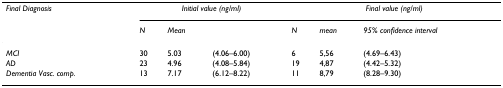
| Final Diagnosis | <COLSPAN=3> Initial value (ng/ml) | <COLSPAN=3> Final value (ng/ml) |
 |  | N | Mean |  | N | mean | 95% confidence interval |
 | --- | --- | --- | --- | --- | --- | --- |
 | MCI | 30 | 5.03 | (4.06–6.00) | 6 | 5,56 | (4.69–6.43) |
 | AD | 23 | 4.96 | (4.08–5.84) | 19 | 4,87 | (4.42–5.32) |
 | Dementia Vasc. comp. | 13 | 7.17 | (6.12–8.22) | 11 | 8,79 | (8.28–9.30) |